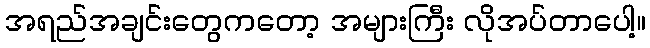
အရည်အချင်းတွေကတော့ အများကြီး လိုအပ်တာပေါ့။